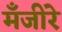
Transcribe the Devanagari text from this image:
मँजीरे